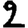
Digit: 2